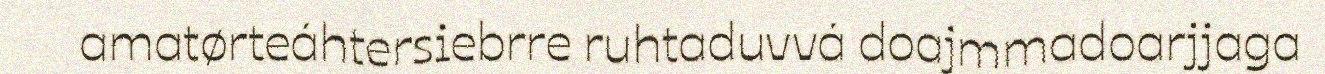
amatørteáhtersiebrre ruhtaduvvá doajmmadoarjjaga